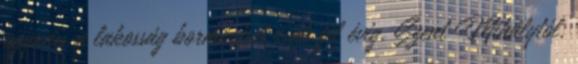
ugyanis a lakosság bormérését csak fél évig, Szent Mihálytól,